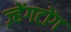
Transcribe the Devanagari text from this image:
ज़्हेंगटोंग